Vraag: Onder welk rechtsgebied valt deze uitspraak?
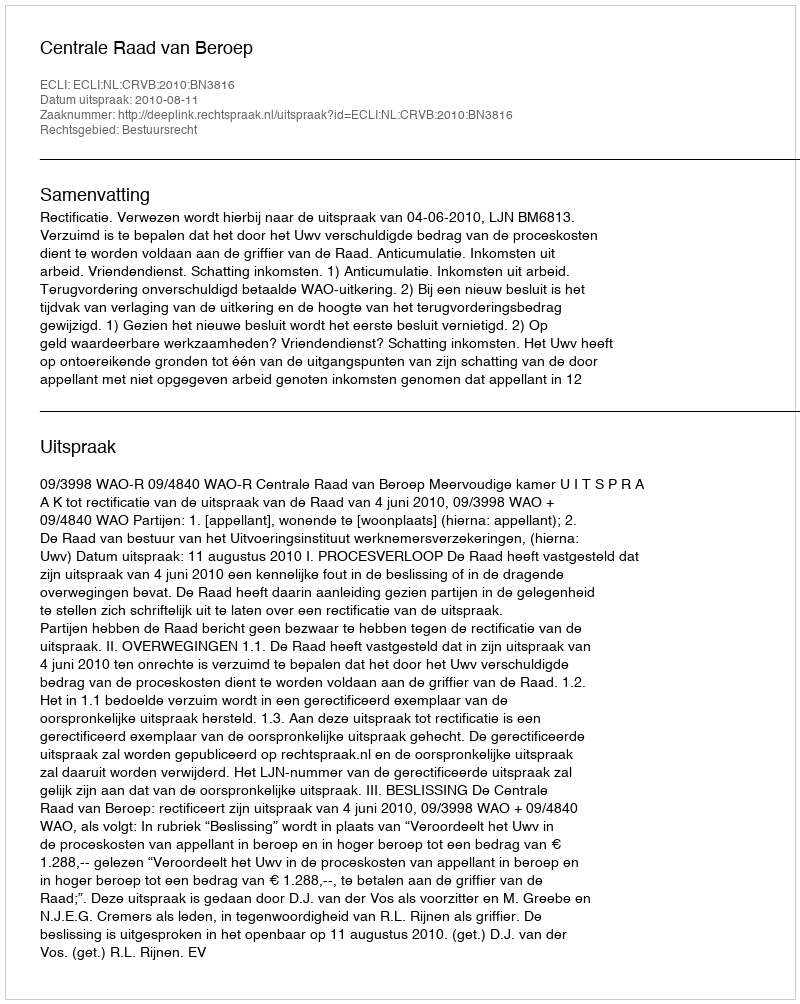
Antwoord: Bestuursrecht